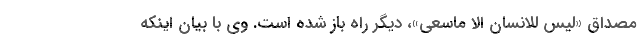
مصداق «لیس للانسان الا ماسعی»، دیگر راه باز شده است. وی با بیان اینکه